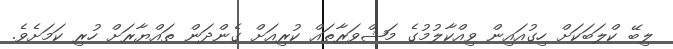
ލިބޭ ކްލަބަކަށް ހިގުއައިން ވިއްކާލުމުގެ މަޝްވަރާތައް ކުރިއަށް ގެންދަން ތައްޔާރަށް ހުރި ކަމަށެވެ.